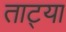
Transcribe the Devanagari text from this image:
ताट्या